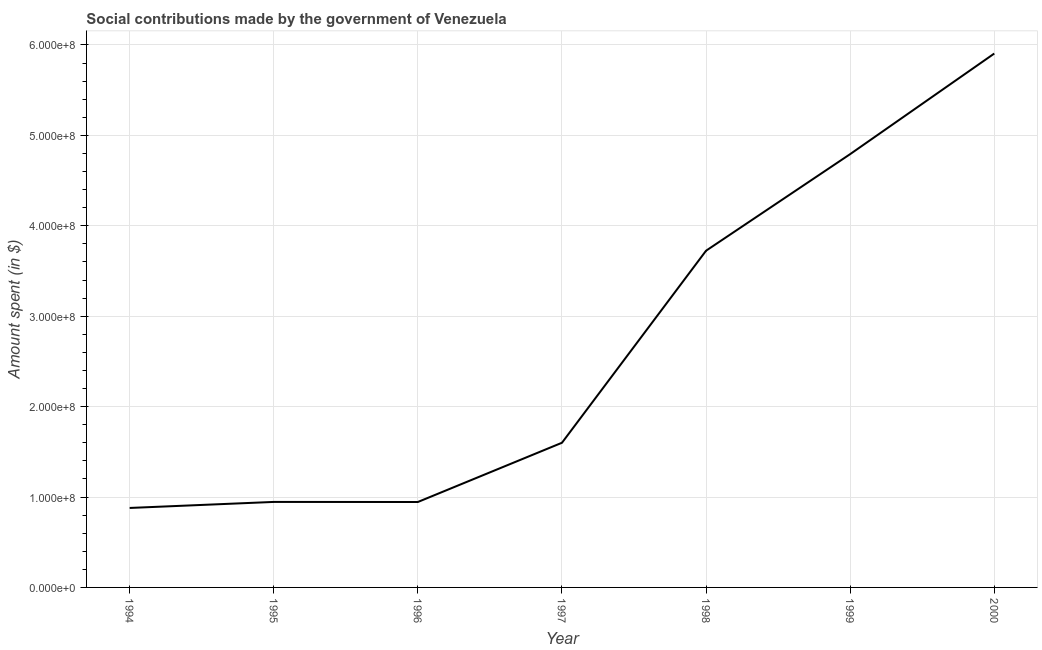
| Year | Social contributions |
 | --- | --- |
 | 1994 | 8.79e+07 |
 | 1995 | 9.46e+07 |
 | 1996 | 9.45e+07 |
 | 1997 | 1.6e+08 |
 | 1998 | 3.72e+08 |
 | 1999 | 4.79e+08 |
 | 2000 | 5.91e+08 |